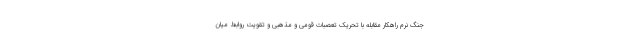
جنگ نرم راهکار مقابله با تحریک تعصبات قومی و مذهبی و تقویت روابط میان